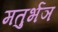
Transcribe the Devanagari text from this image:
मतुर्भञ